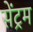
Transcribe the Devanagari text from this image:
सेंट्रम